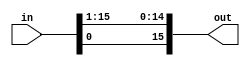
module Rotate_R(in,out);
  input [15:0] in;
  output [15:0] out;
  parameter N = 1;
  assign out = (N==0) ? in : {in[N-1:0],in[15:N]}; 
endmodule